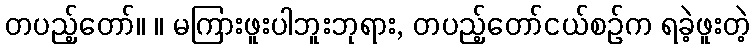
တပည့်တော်။ ။ မကြားဖူးပါဘူးဘုရား, တပည့်တော်ငယ်စဉ်က ရခဲ့ဖူးတဲ့